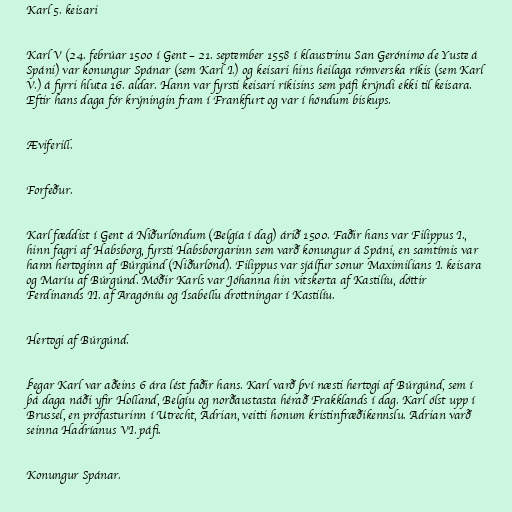
Karl 5. keisari

Karl V (24. febrúar 1500 í Gent – 21. september 1558 í klaustrinu San Gerónimo de Yuste á
Spáni) var konungur Spánar (sem Karl I.) og keisari hins heilaga rómverska ríkis (sem Karl
V.) á fyrri hluta 16. aldar. Hann var fyrsti keisari ríkisins sem páfi krýndi ekki til keisara.
Eftir hans daga fór krýningin fram í Frankfurt og var í höndum biskups.

Æviferill.

Forfeður.

Karl fæddist í Gent á Niðurlöndum (Belgía í dag) árið 1500. Faðir hans var Filippus I.,
hinn fagri af Habsborg, fyrsti Habsborgarinn sem varð konungur á Spáni, en samtímis var
hann hertoginn af Búrgúnd (Niðurlönd). Filippus var sjálfur sonur Maximilians I. keisara
og Maríu af Búrgúnd. Móðir Karls var Jóhanna hin vitskerta af Kastilíu, dóttir
Ferdinands II. af Aragóníu og Ísabellu drottningar í Kastilíu.

Hertogi af Búrgúnd.

Þegar Karl var aðeins 6 ára lést faðir hans. Karl varð því næsti hertogi af Búrgúnd, sem í
þá daga náði yfir Holland, Belgíu og norðaustasta hérað Frakklands í dag. Karl ólst upp í
Brussel, en prófasturinn í Utrecht, Adrian, veitti honum kristinfræðikennslu. Adrian varð
seinna Hadríanus VI. páfi.

Konungur Spánar.